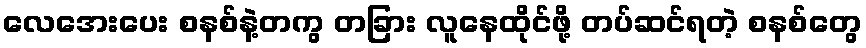
လေအေးပေး စနစ်နဲ့တကွ တခြား လူနေထိုင်ဖို့ တပ်ဆင်ရတဲ့ စနစ်တွေ